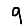
Digit: 9